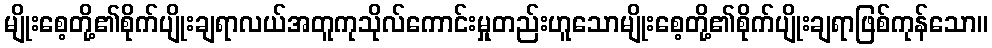
မျိုးစေ့တို့၏စိုက်ပျိုးချရာလယ်အတူကုသိုလ်ကောင်းမှုတည်းဟူသောမျိုးစေ့တို့၏စိုက်ပျိုးချရာဖြစ်ကုန်သော။